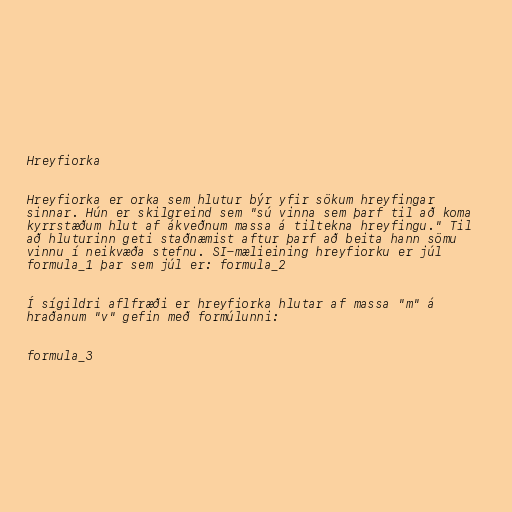
Hreyfiorka

Hreyfiorka er orka sem hlutur býr yfir sökum hreyfingar
sinnar. Hún er skilgreind sem "sú vinna sem þarf til að koma
kyrrstæðum hlut af ákveðnum massa á tiltekna hreyfingu." Til
að hluturinn geti staðnæmist aftur þarf að beita hann sömu
vinnu í neikvæða stefnu. SI-mælieining hreyfiorku er júl
formula_1 þar sem júl er: formula_2

Í sígildri aflfræði er hreyfiorka hlutar af massa "m" á
hraðanum "v" gefin með formúlunni:

formula_3